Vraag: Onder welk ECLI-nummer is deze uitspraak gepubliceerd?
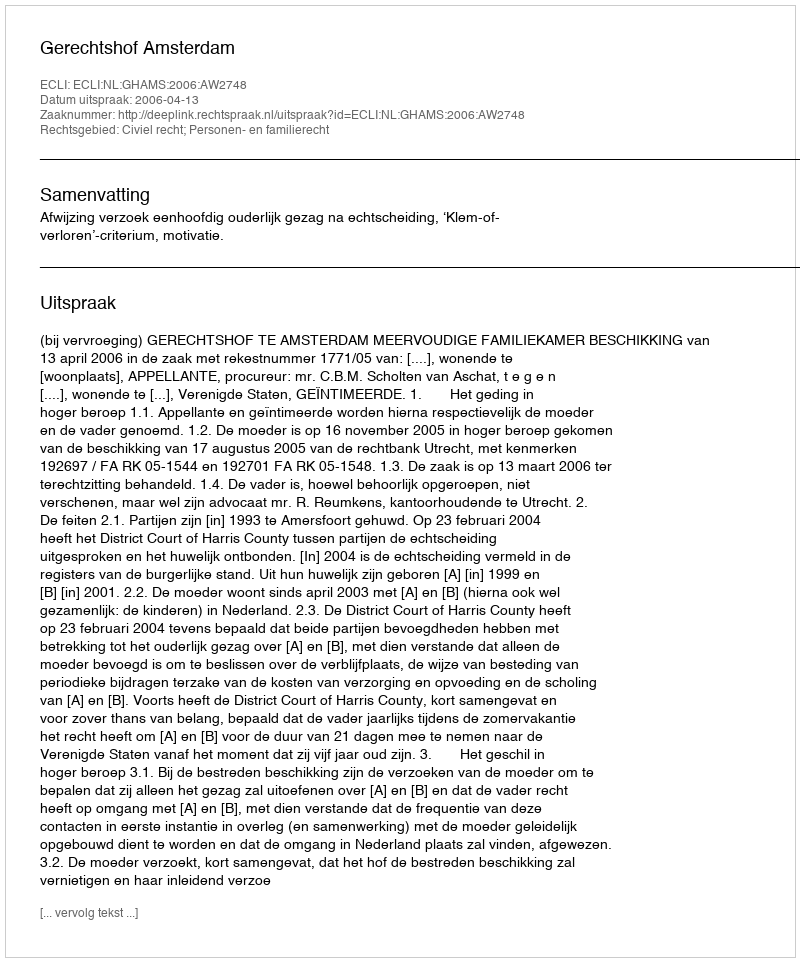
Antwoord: ECLI:NL:GHAMS:2006:AW2748